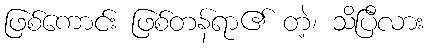
ဖြစ်ကောင်း ဖြစ်တန်ရာ၏ တဲ့၊ သိပြီလား